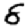
Digit: 8